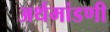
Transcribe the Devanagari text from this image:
अर्थमांडणी